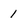
Character: l